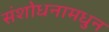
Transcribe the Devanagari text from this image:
संशोधनामधुन